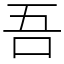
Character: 吾